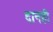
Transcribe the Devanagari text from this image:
दानही